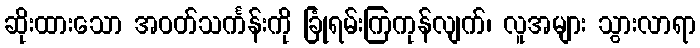
ဆိုးထားသော အဝတ်သင်္ကန်းကို ခြုံရမ်းကြကုန်လျက်၊ လူအများ သွားလာရာ